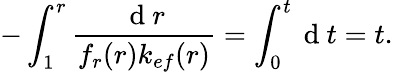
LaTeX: -\int_{1}^{r}\frac{\mathrm{~d~}r}{f_{r}(r)k_{ef}(r)}=\int_{0}^{t}\mathrm{~d~}t=t.